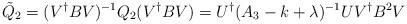
LaTeX: \begin{align*}\tilde{Q}_{2} = (V^{\dagger } BV)^{-1} Q_2 (V^{\dagger } BV)=U^{\dagger } (A_3 -k+\lambda )^{-1} U V^{\dagger } B^2 V\end{align*}